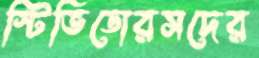
স্টিভিডোরসদের